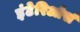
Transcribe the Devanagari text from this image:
इंटेरिओर्स